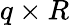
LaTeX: q\times R